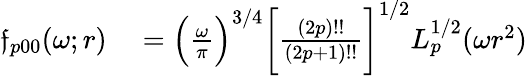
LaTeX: \begin{array}{rl}{\mathfrak{f}_{p00}(\omega;r)}&{{}=\Bigl(\frac{\omega}{\pi}\Bigr)^{3/4}\biggl[\frac{(2p)!!}{(2p+1)!!}\biggr]^{1/2}L_{p}^{1/2}(\omega r^{2})}\end{array}